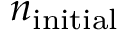
n _ { \mathrm { i n i t i a l } }